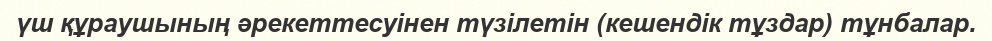
үш құраушының әрекеттесуінен түзілетін (кешендік тұздар) тұнбалар.